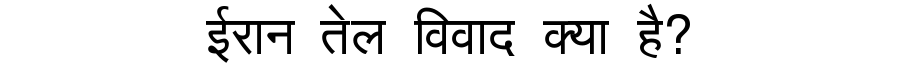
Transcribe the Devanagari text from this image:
ईरान तेल विवाद क्या है?